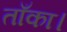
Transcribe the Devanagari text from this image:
ताँका।